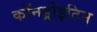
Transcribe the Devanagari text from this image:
कॉनड्रोइटिन